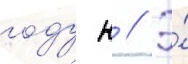
году н // Э́